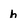
Character: h